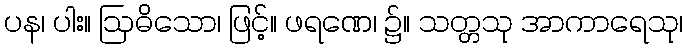
ပန၊ ပါး။ ဩဓိသော၊ ဖြင့်။ ဖရဏေ၊ ၌။ သတ္တသု အာကာရေသု၊